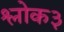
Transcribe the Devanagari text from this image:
श्लोक३